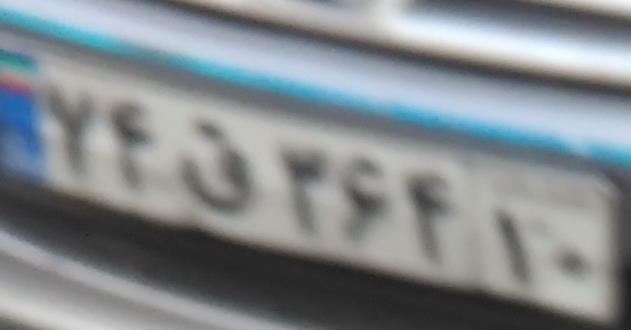
۷۴ق۳۶۴۱۰